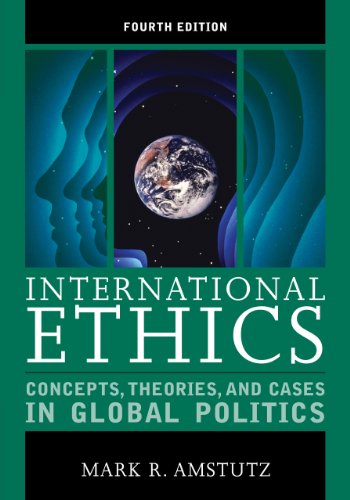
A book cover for International Ethics: Concepts, Theories, and Cases in Global Politics; Mark R. Amstutz; Religion & Spirituality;